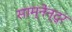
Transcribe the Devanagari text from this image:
साम्नेन्द्र